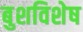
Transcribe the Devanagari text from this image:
बुशविशेष